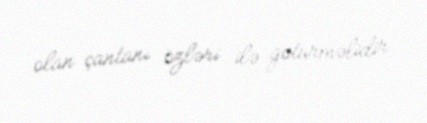
olan çantanı özləri ilə götürməlidir.